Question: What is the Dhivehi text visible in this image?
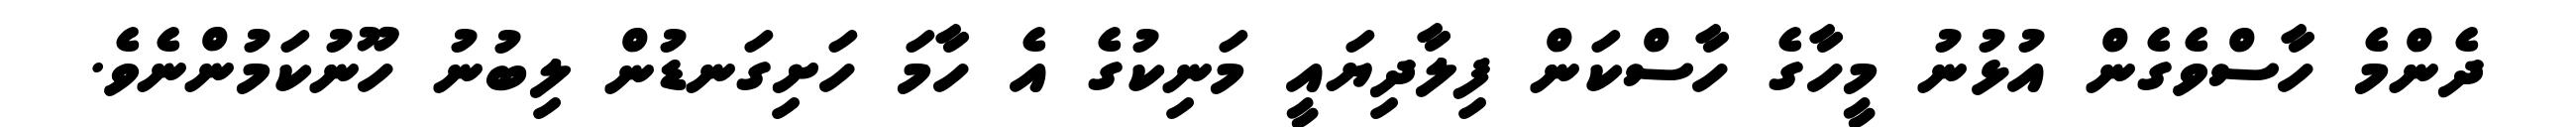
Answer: ދެންމެ ހާސްވެގެން އުޅުނު މީހާގެ ހާސްކަން ފިލާދިޔައީ މަނިކުގެ އެ ހާމަ ހަށިގަނޑުން ލިބުނު ހޫނުކަމުންނެވެ.